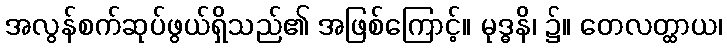
အလွန်စက်ဆုပ်ဖွယ်ရှိသည်၏ အဖြစ်ကြောင့်။ မုဒ္ဓနိ၊ ၌။ တေလတ္ထာယ၊